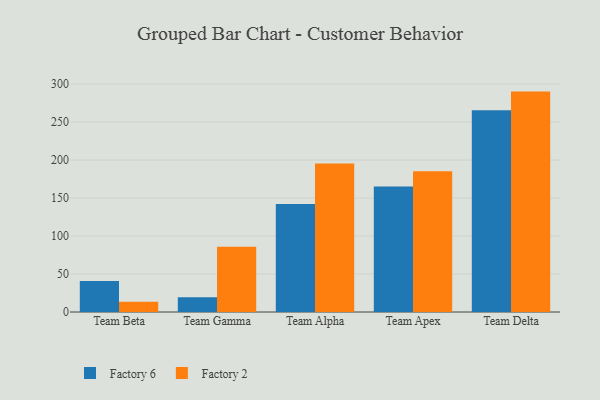
{"axis": {"x": "Team", "y": "Production Output"}, "legend": ["Factory 2", "Factory 6"], "data": [{"x": "Team Beta", "y": 40.8, "type": "Factory 6"}, {"x": "Team Beta", "y": 13.4, "type": "Factory 2"}, {"x": "Team Gamma", "y": 19.4, "type": "Factory 6"}, {"x": "Team Gamma", "y": 85.8, "type": "Factory 2"}, {"x": "Team Alpha", "y": 142.2, "type": "Factory 6"}, {"x": "Team Alpha", "y": 195.6, "type": "Factory 2"}, {"x": "Team Apex", "y": 165.3, "type": "Factory 6"}, {"x": "Team Apex", "y": 185.2, "type": "Factory 2"}, {"x": "Team Delta", "y": 265.5, "type": "Factory 6"}, {"x": "Team Delta", "y": 290.1, "type": "Factory 2"}]}